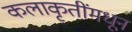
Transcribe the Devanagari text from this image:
कलाकृतींमधून